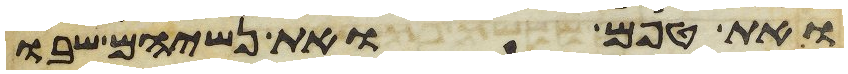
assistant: ואת טפם ואת נשיהם שבו